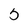
Character: 5